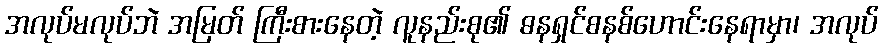
အလုပ်မလုပ်ဘဲ အမြတ် ကြီးစားနေတဲ့ လူနည်းစု၏ ဓနရှင်စနစ်ဟောင်းနေရာမှာ၊ အလုပ်